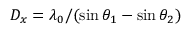
D _ { x } = \lambda _ { 0 } / ( \sin \theta _ { 1 } - \sin \theta _ { 2 } )